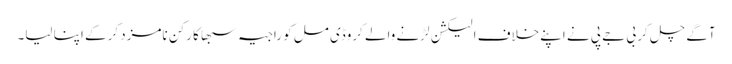
آگے چل کر بی جے پی نے اپنےخلاف الیکشن لڑنے والے کروڈی مل کو راجیہ سبھا کا رکن نامزد کرکے اپنا لیا۔